Civil Veterinary Department. Madras. Admin. report 1926-33 - 1926-1933
Year: 1926
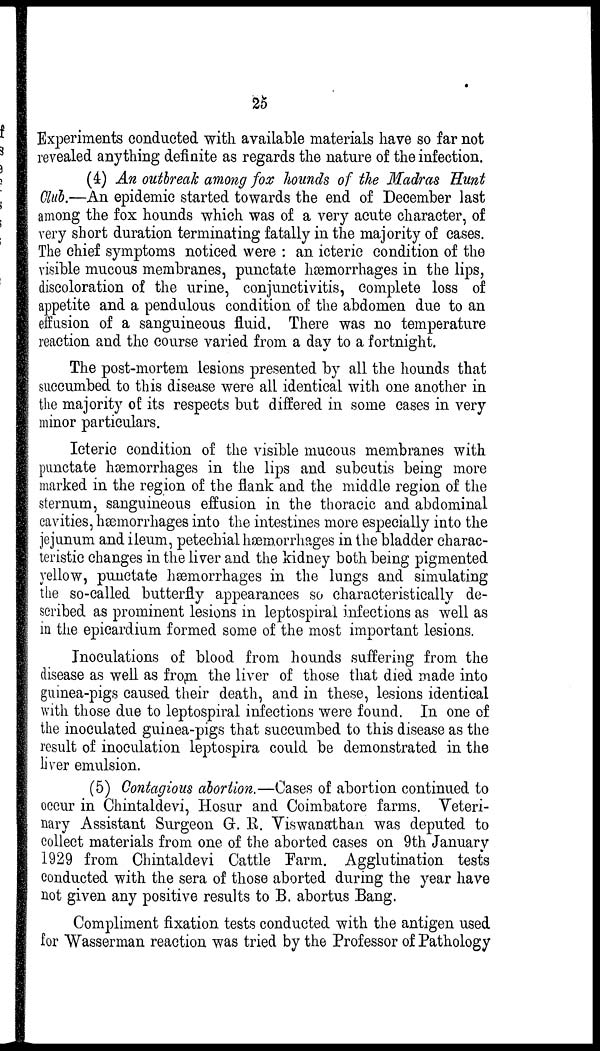
25
Experiments conducted with available materials have so far not
revealed anything definite as regards the nature of the infection.
(4) An outbreak among fox hounds of the Madras Hunt
Club.—An epidemic started towards the end of December last
among the fox hounds which was of a very acute character, of
very short duration terminating fatally in the majority of cases.
The chief symptoms noticed were : an icteric condition of the
visible mucous membranes, punctate hæmorrhages in the lips,
discoloration of the urine, conjunctivitis, complete loss of
appetite and a pendulous condition of the abdomen due to an
effusion of a sanguineous fluid. There was no temperature
reaction and the course varied from a day to a fortnight.
The post-mortem lesions presented by all the hounds that
succumbed to this disease were all identical with one another in
the majority of: its respects but differed in some cases in very
minor particulars.
Icteric condition of the visible mucous membranes with
punctate hæmorrhages in the lips and subcutis being more
marked in the region of the flank and the middle region of the
sternum, sanguineous effusion in the thoracic and abdominal
cavities, hæmorrhages into the intestines more especially into the
jejunum and ileum, petechial hæmorrhages in the bladder charac-
teristic changes in the liver and the kidney both being pigmented
yellow, punctate haemorrhages in the lungs and simulating
the so-called butterfly appearances so characteristically de-
scribed as prominent lesions in leptospiral infections as well as
in the epicardium formed some of the most important lesions.
Inoculations of blood from hounds suffering from the
disease as well as from the liver of those that died made into
guinea-pigs caused their death, and in these, lesions identical
with those due to leptospiral infections were found. In one of
the inoculated guinea-pigs that succumbed to this disease as the
result of inoculation leptospira could be demonstrated in the
liver emulsion.
(5) Contagious abortion.—Cases of abortion continued to
occur in Chintaldevi, Hosur and Coimbatore farms. Veteri-
nary Assistant Surgeon G. R. Viswanathan was deputed to
collect materials from one of the aborted cases on 9th January
1929 from Chintaldevi Cattle Farm. Agglutination tests
conducted with the sera of those aborted during the year have
not given any positive results to B. abortus Bang.
Compliment fixation tests conducted with the antigen used
for Wasserman reaction was tried by the Professor of Pathology